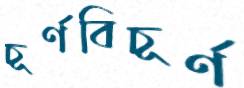
চূর্ণবিচূর্ণ